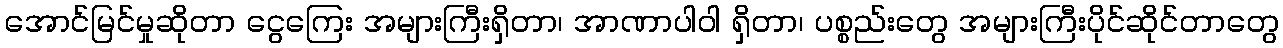
အောင်မြင်မှုဆိုတာ ငွေကြေး အများကြီးရှိတာ၊ အာဏာပါဝါ ရှိတာ၊ ပစ္စည်းတွေ အများကြီးပိုင်ဆိုင်တာတွေ